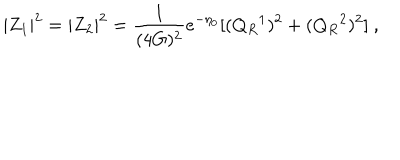
LaTeX: | Z _ { 1 } | ^ { 2 } = | Z _ { 2 } | ^ { 2 } = { \frac { 1 } { ( 4 G ) ^ { 2 } } } e ^ { - \eta _ { 0 } } [ ( Q _ { R } { } ^ { 1 } ) ^ { 2 } + ( Q _ { R } { } ^ { 2 } ) ^ { 2 } ] \ ,